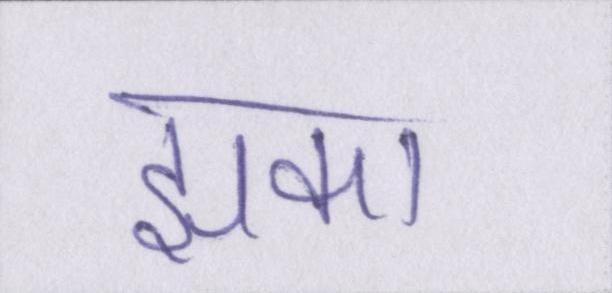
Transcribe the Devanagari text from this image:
झुका